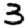
Digit: 3